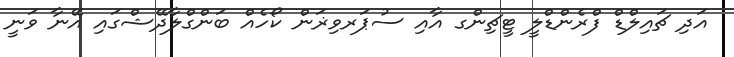
އަދި ޗައިލްޑް ފްރެންޑްލީ ޓީޗިންގ އާއި ސުޕަރވިޜަން ކޯހެއް ބަންގްލާދޭޝްގައި އޭނާ ވަނީ